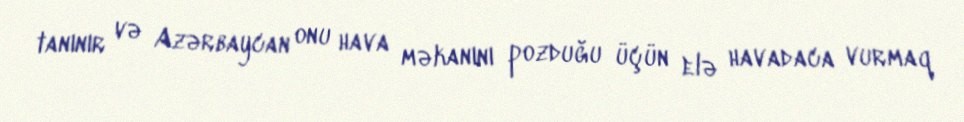
tanınır və Azərbaycan onu hava məkanını pozduğu üçün elə havadaca vurmaq